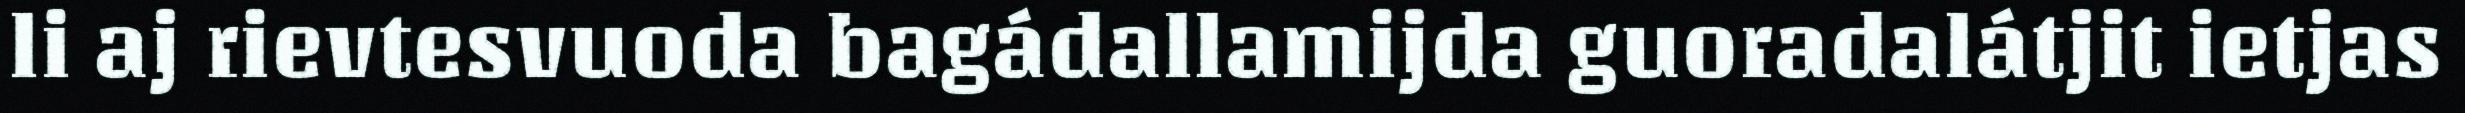
li aj rievtesvuoda bagádallamijda guoradalátjit ietjas